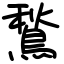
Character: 鶖